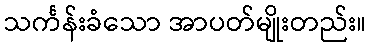
သင်္ကန်းခံသော အာပတ်မျိုးတည်း။